Lunatic asylums Bombay report 1891-1903 - 1891-1903
Year: 1891
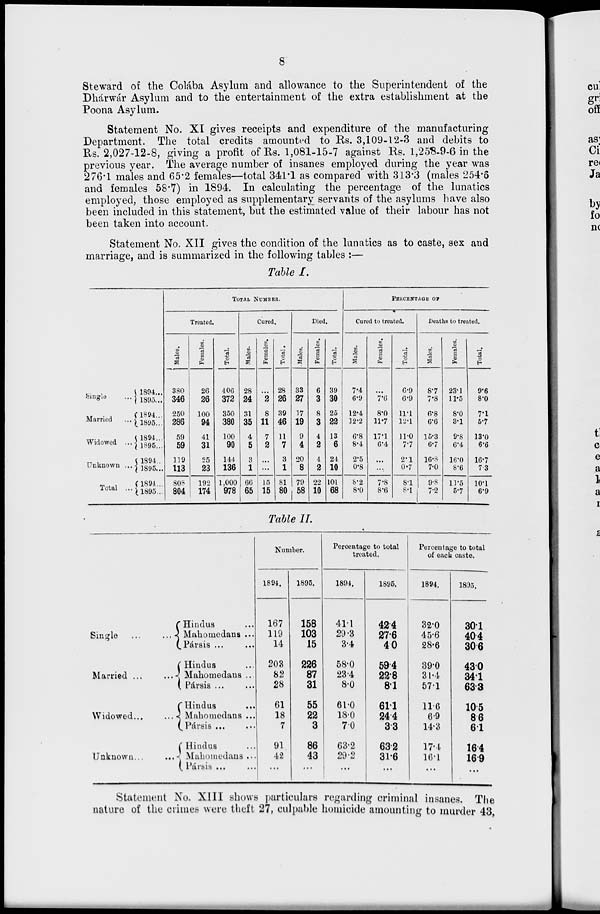
8
Steward of the Colába Asylum and allowance to the Superintendent of the
Dhárwár Asylum and to the entertainment of the extra establishment at the
Poona Asylum.
Statement No. XI gives receipts and expenditure of the manufacturing
Department. The total credits amounted to Rs. 3,109-12-3 and debits to
Rs. 2,027-12-8, giving a profit of Rs. l,081-15-7 against Rs. l,258-9-6 in the
previous year. The average number of insanes employed during the year was
276.1 males and 65.2 females—total 341.1 as compared with 313.3 (males 254.6
and females 58.7) in 1894. In calculating the percentage of the lunatics
employed, those employed as supplementary servants of the asylums have also
been included in this statement, but the estimated value of their labour has not
been taken into account.
Statement No. XII gives the condition of the lunatics as to caste, sex and
marriage, and is summarized in the following tables :—
Table I.
Single ...
Married
...
Widowed ...
Unknown ...
Total ...
1894...
1895...
1894...
1895...
1894...
1895...
1894...
1895...
1894...
1895...
TOTAL NUMBER.
Treated.
Males.
380
346
250
286
59
59
119
113
808
804
Females.
26
26
100
94
41
31
25
23
192
174
Total.
406
372
350
380
100
90
144
136
1,000
978
Cured.
Males.
28
24
31
35
4
5
3
1
66
65
Females.
...
2
8
11
7
2
...
...
15
15
Total.
28
26
39
46
11
7
3
1
81
80
Died.
Males.
33
27
17
19
9
4
20
8
79
58
Females.
6
3
8
3
4
2
4
2
22
10
Total.
39
30
25
22
13
6
24
10
101
68
PERCENTAGE OF
Cured to treated.
Males.
7.4
6.9
12.4
12.2
6.8
8.4
2.5
0.8
8.2
8.0
Females.
...
7.6
8.0
11.7
17.1
6.4
...
...
7.8
8.6
Total.
6.9
6.9
11.1
12.1
11.0
7.7
2.1
0.7
8.1
8.1
Deaths to treated.
Males.
8.7
7.8
6.8
6.6
15.3
6.7
16.8
7.0
9.8
7.2
Females.
23.1
11.5
8.0
3.1
9.8
6.4
16.0
8.6
11.5
5.7
Total.
9.6
8.0
7.1
5.7
13.0
6.6
16.7
7.3
10.1
6.9
Table II.
Single
..
...
Married ...
...
Widowed
...
...
Unknown ...
...
Hindus ...
Mahomedans ...
Pársis ... ...
Hindus ...
Mahomedans ...
Pársis ... ...
Hindus ...
Mahomedans ...
Pársis ... ...
Hindus ... ...
Mahomedans ...
Pársis ... ...
Number.
1894.
167
119
14
203
82
28
61
18
7
91
42
...
1895.
158
103
15
226
87
31
55
22
3
86
43
...
Percentage to total
treated.
1894.
41.1
29.3
3.4
58.0
23.4
8.0
61.0
18.0
7.0
63.2
29.2
...
1895.
42.4
27.6
4.0
59.4
22.8
8.1
61.1
24.4
3.3
63.2
31.6
...
Percentage to total
of each caste.
1894.
32.0
45.6
28.6
39.0
31.4
57.1
11.6
6.9
14.3
17.4
16.1
...
1895.
30.1
40.4
30.6
43.0
34.1
63.3
10.5
8.6
6.1
16.4
16.9
...
Statement No. XIII shows particulars regarding criminal insanes. The
nature of the crimes were theft 27, culpable homicide amounting to murder 43,